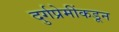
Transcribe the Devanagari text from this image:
दुर्गप्रेमींकडून